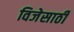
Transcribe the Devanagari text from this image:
विजेसाठी